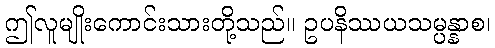
ဤလူမျိုးကောင်းသားတို့သည်။ ဥပနိဿယသမ္ပန္နာစ၊